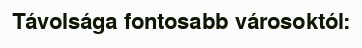
Távolsága fontosabb városoktól: